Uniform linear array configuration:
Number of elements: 16
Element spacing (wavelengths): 1
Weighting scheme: uniform
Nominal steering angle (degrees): -45
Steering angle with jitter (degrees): -45.054
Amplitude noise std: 0.05
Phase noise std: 0.05

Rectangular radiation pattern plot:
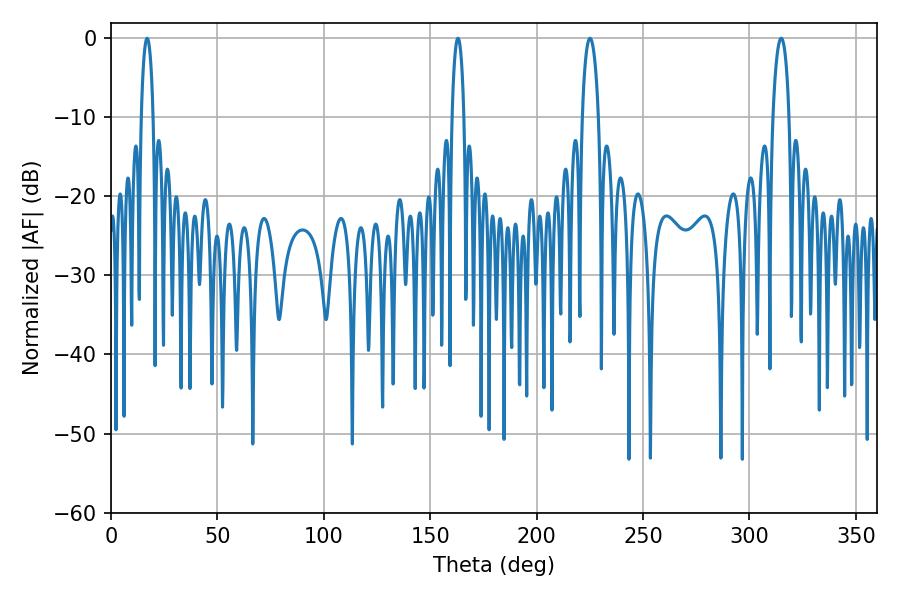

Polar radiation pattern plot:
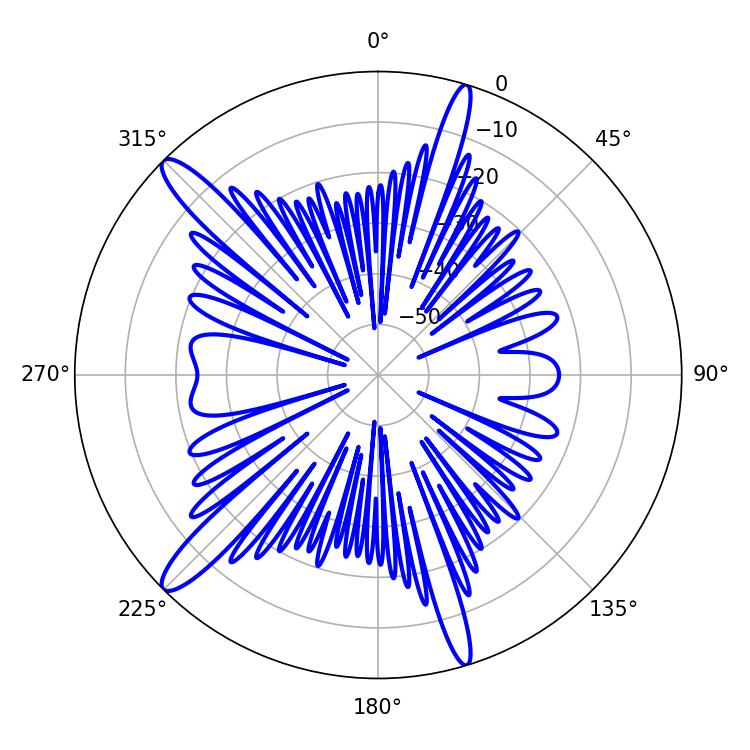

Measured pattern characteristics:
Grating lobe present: TRUE
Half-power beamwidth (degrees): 3.06
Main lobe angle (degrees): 16.92